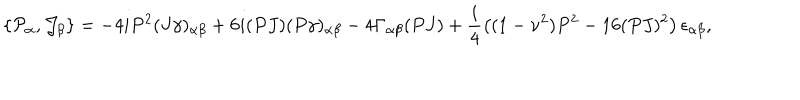
LaTeX: \{ { \cal P } _ { \alpha } , { \cal J } _ { \beta } \} = - 4 i P ^ { 2 } ( J \gamma ) _ { \alpha \beta } + 6 i ( P J ) ( P \gamma ) _ { \alpha \beta } - 4 \Gamma _ { \alpha \beta } ( P J ) + \frac { i } { 4 } \left( ( 1 - \nu ^ { 2 } ) P ^ { 2 } - 1 6 ( P J ) ^ { 2 } \right) \epsilon _ { \alpha \beta } ,